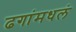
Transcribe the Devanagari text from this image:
ढगांमधलं